Lunatic asylums Punjab 1895-1910 - 1895-1910
Year: 1895
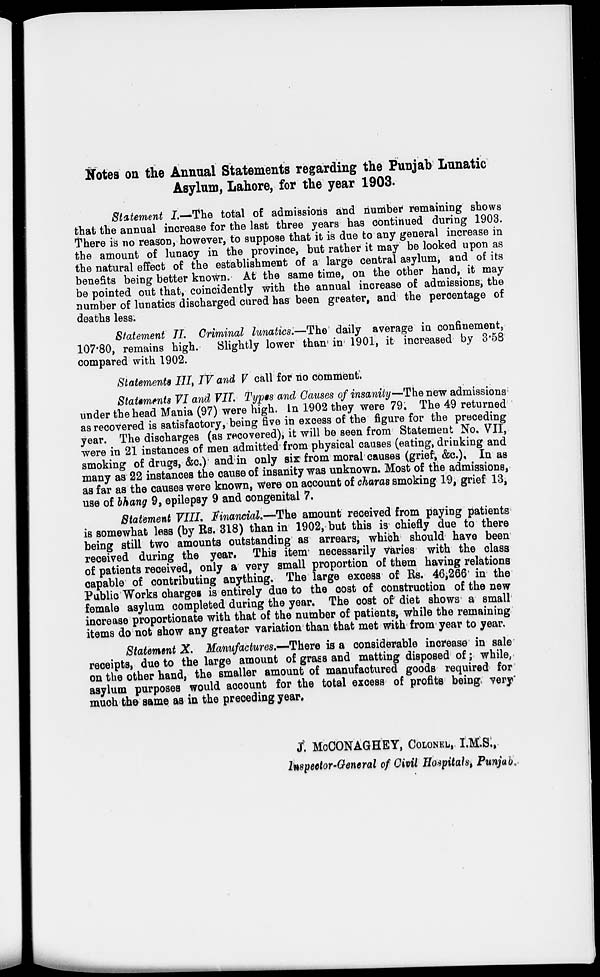
Notes on the Annual Statements regarding the Punjab Lunatic
Asylum, Lahore, for the year 1903.
Statement I.—The total of admissions and number remaining shows
that the annual increase for the last three years has continued during 1903.
There is no reason, however, to suppose that it is due to any general increase in
the amount of lunacy in the province, but rather it may be looked upon as
the natural effect of the establishment of a large central asylum, and of its
benefits being better known. At the same time, on the other hand, it may
be pointed out that, coincidently with the annual increase of admissions, the
number of lunatics discharged cured has been greater, and the percentage of
deaths less.
Statement II Criminal lunatics.—The daily average in confinement,
107.80, remains high. Slightly lower than in 1901, it increased by 3.58
compared with 1902.
Statements III, IV and V call for no comment.
Statements VI and VII. Types and Causes of insanity—The new admissions
under the head Mania (97) were high. In 1902 they were 79. The 49 returned
as recovered is satisfactory, being five in excess of the figure for the preceding
year. The discharges (as recovered), it will be seen from Statement No. VII,
were in 21 instances of men admitted from physical causes (eating, drinking and
smoking of drugs, &c.) and in only six from moral causes (grief, &c.). In as
many as 22 instances the cause of insanity was unknown. Most of the admissions,
as far as the causes were known, were on account of charas smoking 19, grief 13,
use of bhang 9, epilepsy 9 and congenital 7.
Statement VIII. Financial.—The amount received from paying patients
is somewhat less (by Rs. 318) than in 1902, but this is chiefly due to there
being still two amounts outstanding as arrears, which should have been
received during the year. This item necessarily varies with the class
of patients received, only a very small proportion of them having relations
capable of contributing anything. The large excess of Rs. 46,266 in the
Public Works charges is entirely due to the cost of construction of the new
female asylum completed during the year. The cost of diet shows a small
increase proportionate with that of the number of patients, while the remaining
items do not show any greater variation than that met with from year to year.
Statement X. Manufactures.—There is a considerable increase in sale
receipts, due to the large amount of grass and matting disposed of ; while,
on the other hand, the smaller amount of manufactured goods required for
asylum purposes would account for the total excess of profits being very
much the same as in the preceding year.
J. MCCONAGHEY, COLONEL, I.M.S.,
Inspector-General of Civil Hospitals, Punjab.